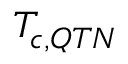
T _ { c , Q T N }